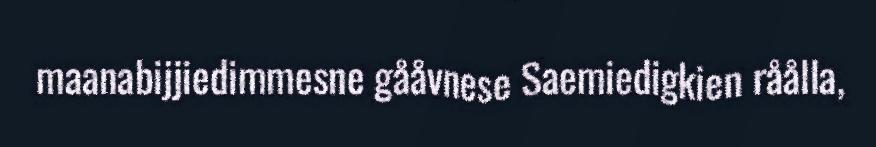
maanabijjiedimmesne gååvnese Saemiedigkien råålla,